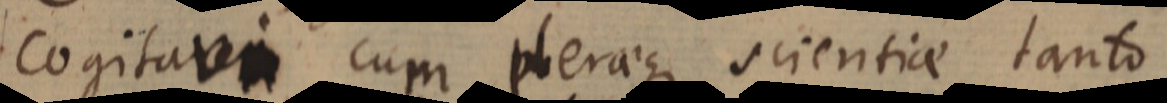
cogitavi cum pleraeque scientiae tanto